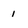
Character: 1